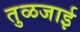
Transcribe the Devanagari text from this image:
तुळजाई